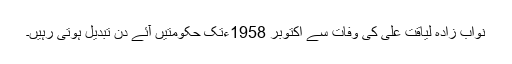
نواب زادہ لیاقت علی کی وفات سے اکتوبر 1958ءتک حکومتیں آئے دن تبدیل ہوتی رہیں۔